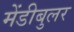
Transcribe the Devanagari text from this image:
मेंडीबुलर